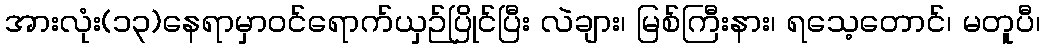
အားလုံး(၁၃)နေရာမှာဝင်ရောက်ယှဉ်ပြိုင်ပြီး လဲချား၊ မြစ်ကြီးနား၊ ရသေ့တောင်၊ မတူပီ၊